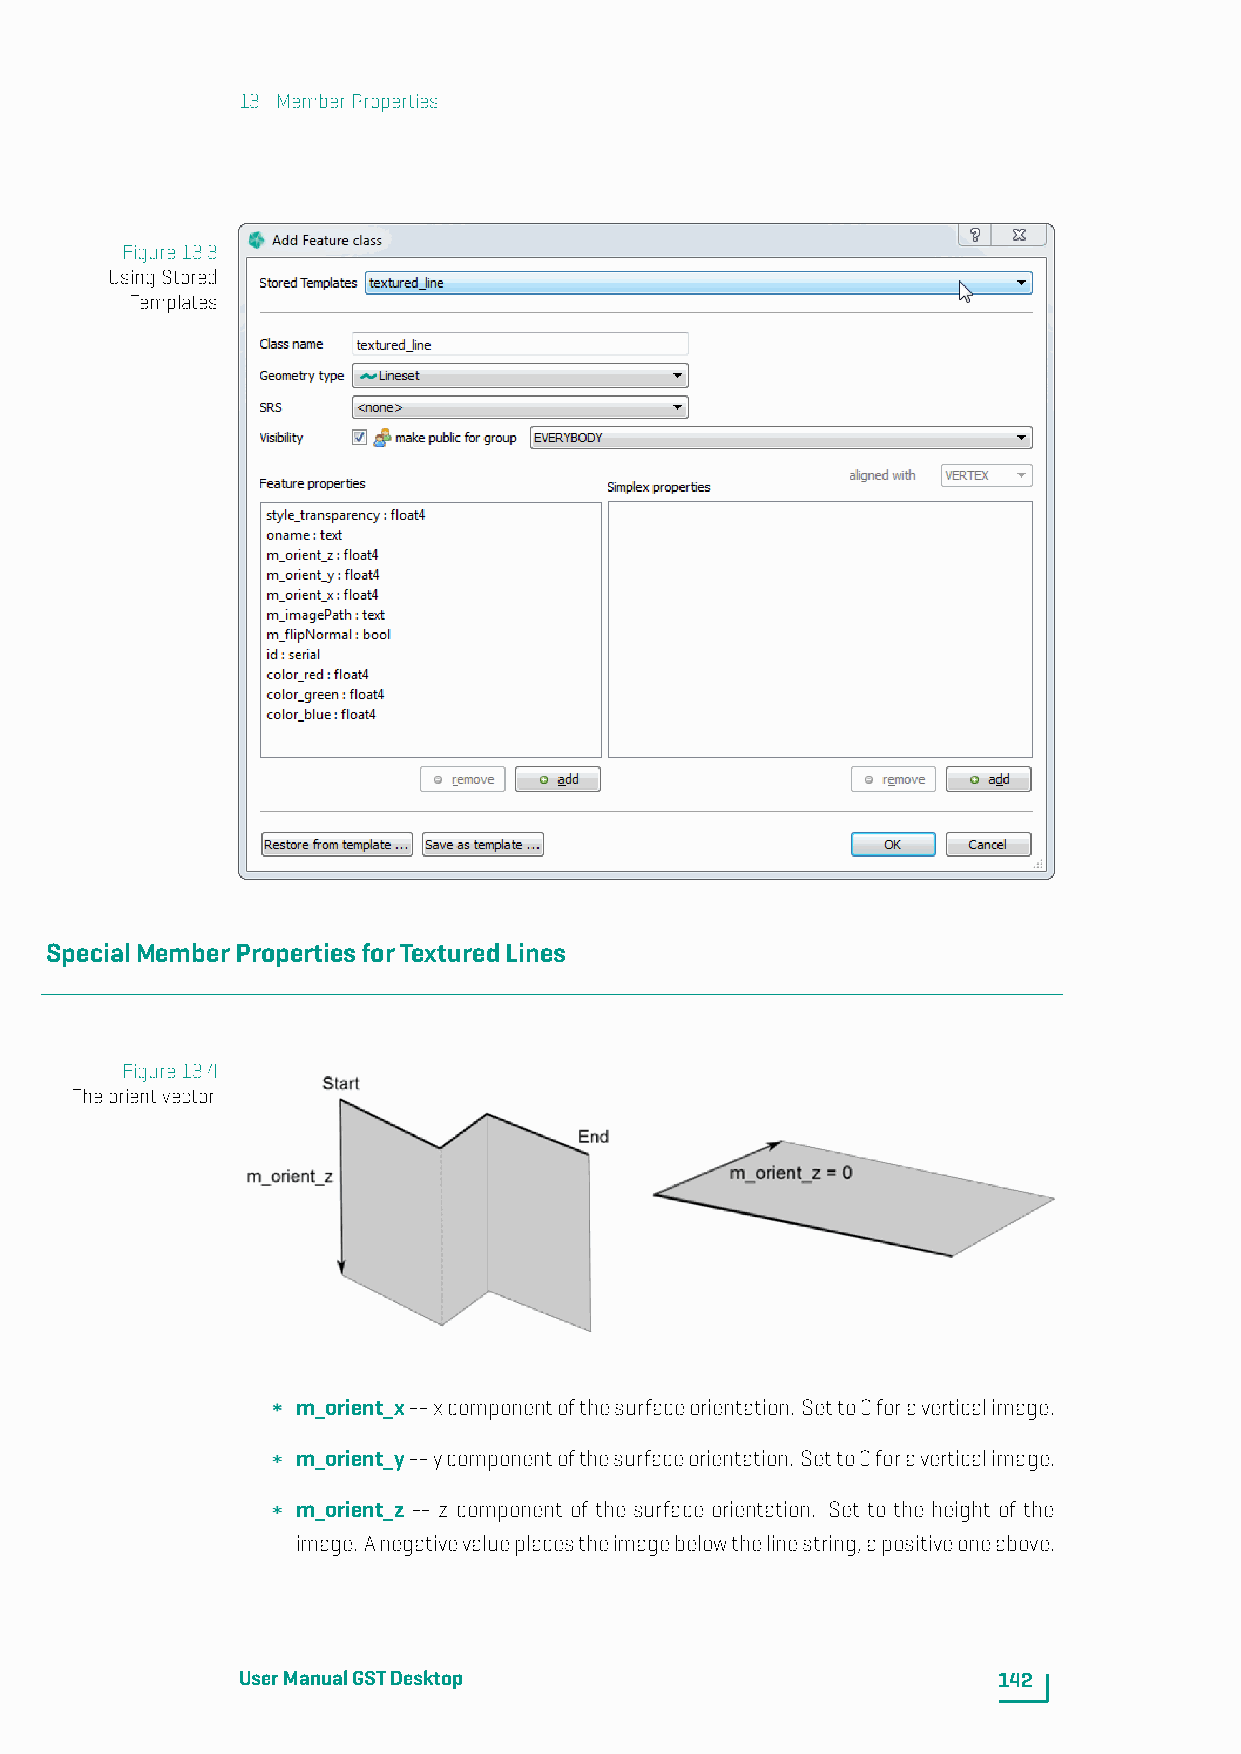
13. MemberProperties
 Figure13.3
 UsingStored
 Templates
 SpecialMemberPropertiesforTexturedLines
 Figure13.4
 Theorientvector.
 m_orient_x--xcomponentofthesurfaceorientation. Setto0foraverticalimage.
 m_orient_y--ycomponentofthesurfaceorientation. Setto0foraverticalimage.
 m_orient_z -- z component of the surface orientation. Set to the height of the
 image. Anegativevalueplacestheimagebelowthelinestring,apositiveoneabove.
 UserManualGSTDesktop                              142